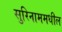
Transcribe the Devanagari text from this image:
सुरिनाममधील